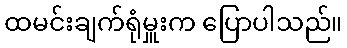
ထမင်းချက်ရုံမှူးက ပြောပါသည်။